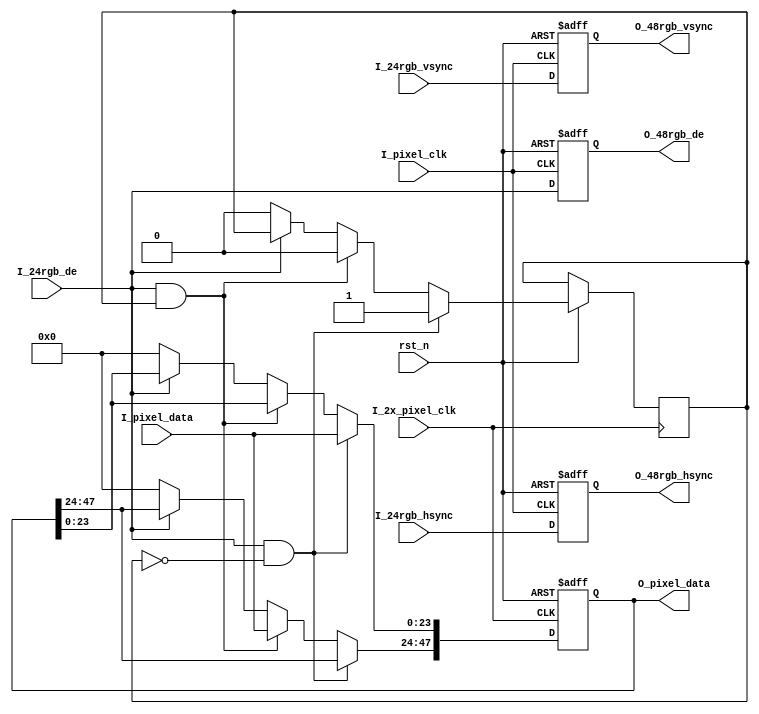
module rgb24to48 (
    input        I_2x_pixel_clk,
    input        rst_n,
    input        I_pixel_clk,
    input [23:0] I_pixel_data,
    input        I_24rgb_hsync,
    input        I_24rgb_vsync,
    input        I_24rgb_de,

    output reg [47:0] O_pixel_data,
    output reg        O_48rgb_hsync,
    output reg        O_48rgb_vsync,
    output reg        O_48rgb_de
);

  reg R_mark = 1'b0;
  /*********************************************/
  always @(posedge I_2x_pixel_clk or negedge rst_n) begin
    if (!rst_n) O_pixel_data <= 48'd0;
    else if (I_24rgb_de && (!R_mark)) begin
      O_pixel_data[23:0] <= I_pixel_data;
      R_mark             <= 1'b1;
    end else if (I_24rgb_de && R_mark) begin
      O_pixel_data[47:24] <= I_pixel_data;
      R_mark              <= 1'b0;
    end else if (!I_24rgb_de) begin
      O_pixel_data[47:0] <= 48'd0;
      R_mark             <= 1'b0;
    end
  end
  /*********************************************/
  always @(posedge I_pixel_clk or negedge rst_n)
    if (!rst_n) O_48rgb_hsync <= 1'b0;
    else O_48rgb_hsync <= I_24rgb_hsync;
  /*********************************************/
  always @(posedge I_pixel_clk or negedge rst_n)
    if (!rst_n) O_48rgb_vsync <= 1'b0;
    else O_48rgb_vsync <= I_24rgb_vsync;
  /*********************************************/
  always @(posedge I_pixel_clk or negedge rst_n)
    if (!rst_n) O_48rgb_de <= 1'b0;
    else O_48rgb_de <= I_24rgb_de;

endmodule